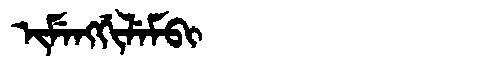
Manchu: ᡳᠮᡝᠩᡤᡳᠯᡝᠮᠪᡳ
Romanization: IMENGGILEMBI